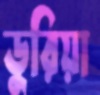
ডুরিয়া